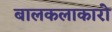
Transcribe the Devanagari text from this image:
बालकलाकारो